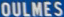
OULMES